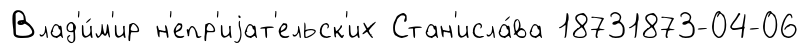
Влад'и́м'ир н'епр'иjат'ельск'их Стан'исла́ва 18731873-04-06